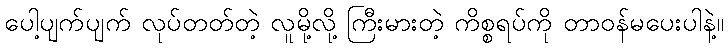
ပေါ့ပျက်ပျက် လုပ်တတ်တဲ့ လူမို့လို့ ကြီးမားတဲ့ ကိစ္စရပ်ကို တာဝန်မပေးပါနဲ့။